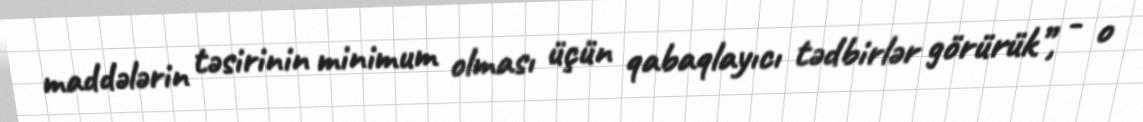
maddələrin təsirinin minimum olması üçün qabaqlayıcı tədbirlər görürük”, - o